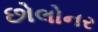
છોલોનર